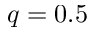
q = 0 . 5